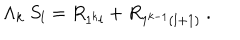
\Lambda _ { k } \ S _ { l } = R _ { 1 ^ { k } l } + R _ { 1 ^ { k - 1 } ( l + 1 ) } \ .